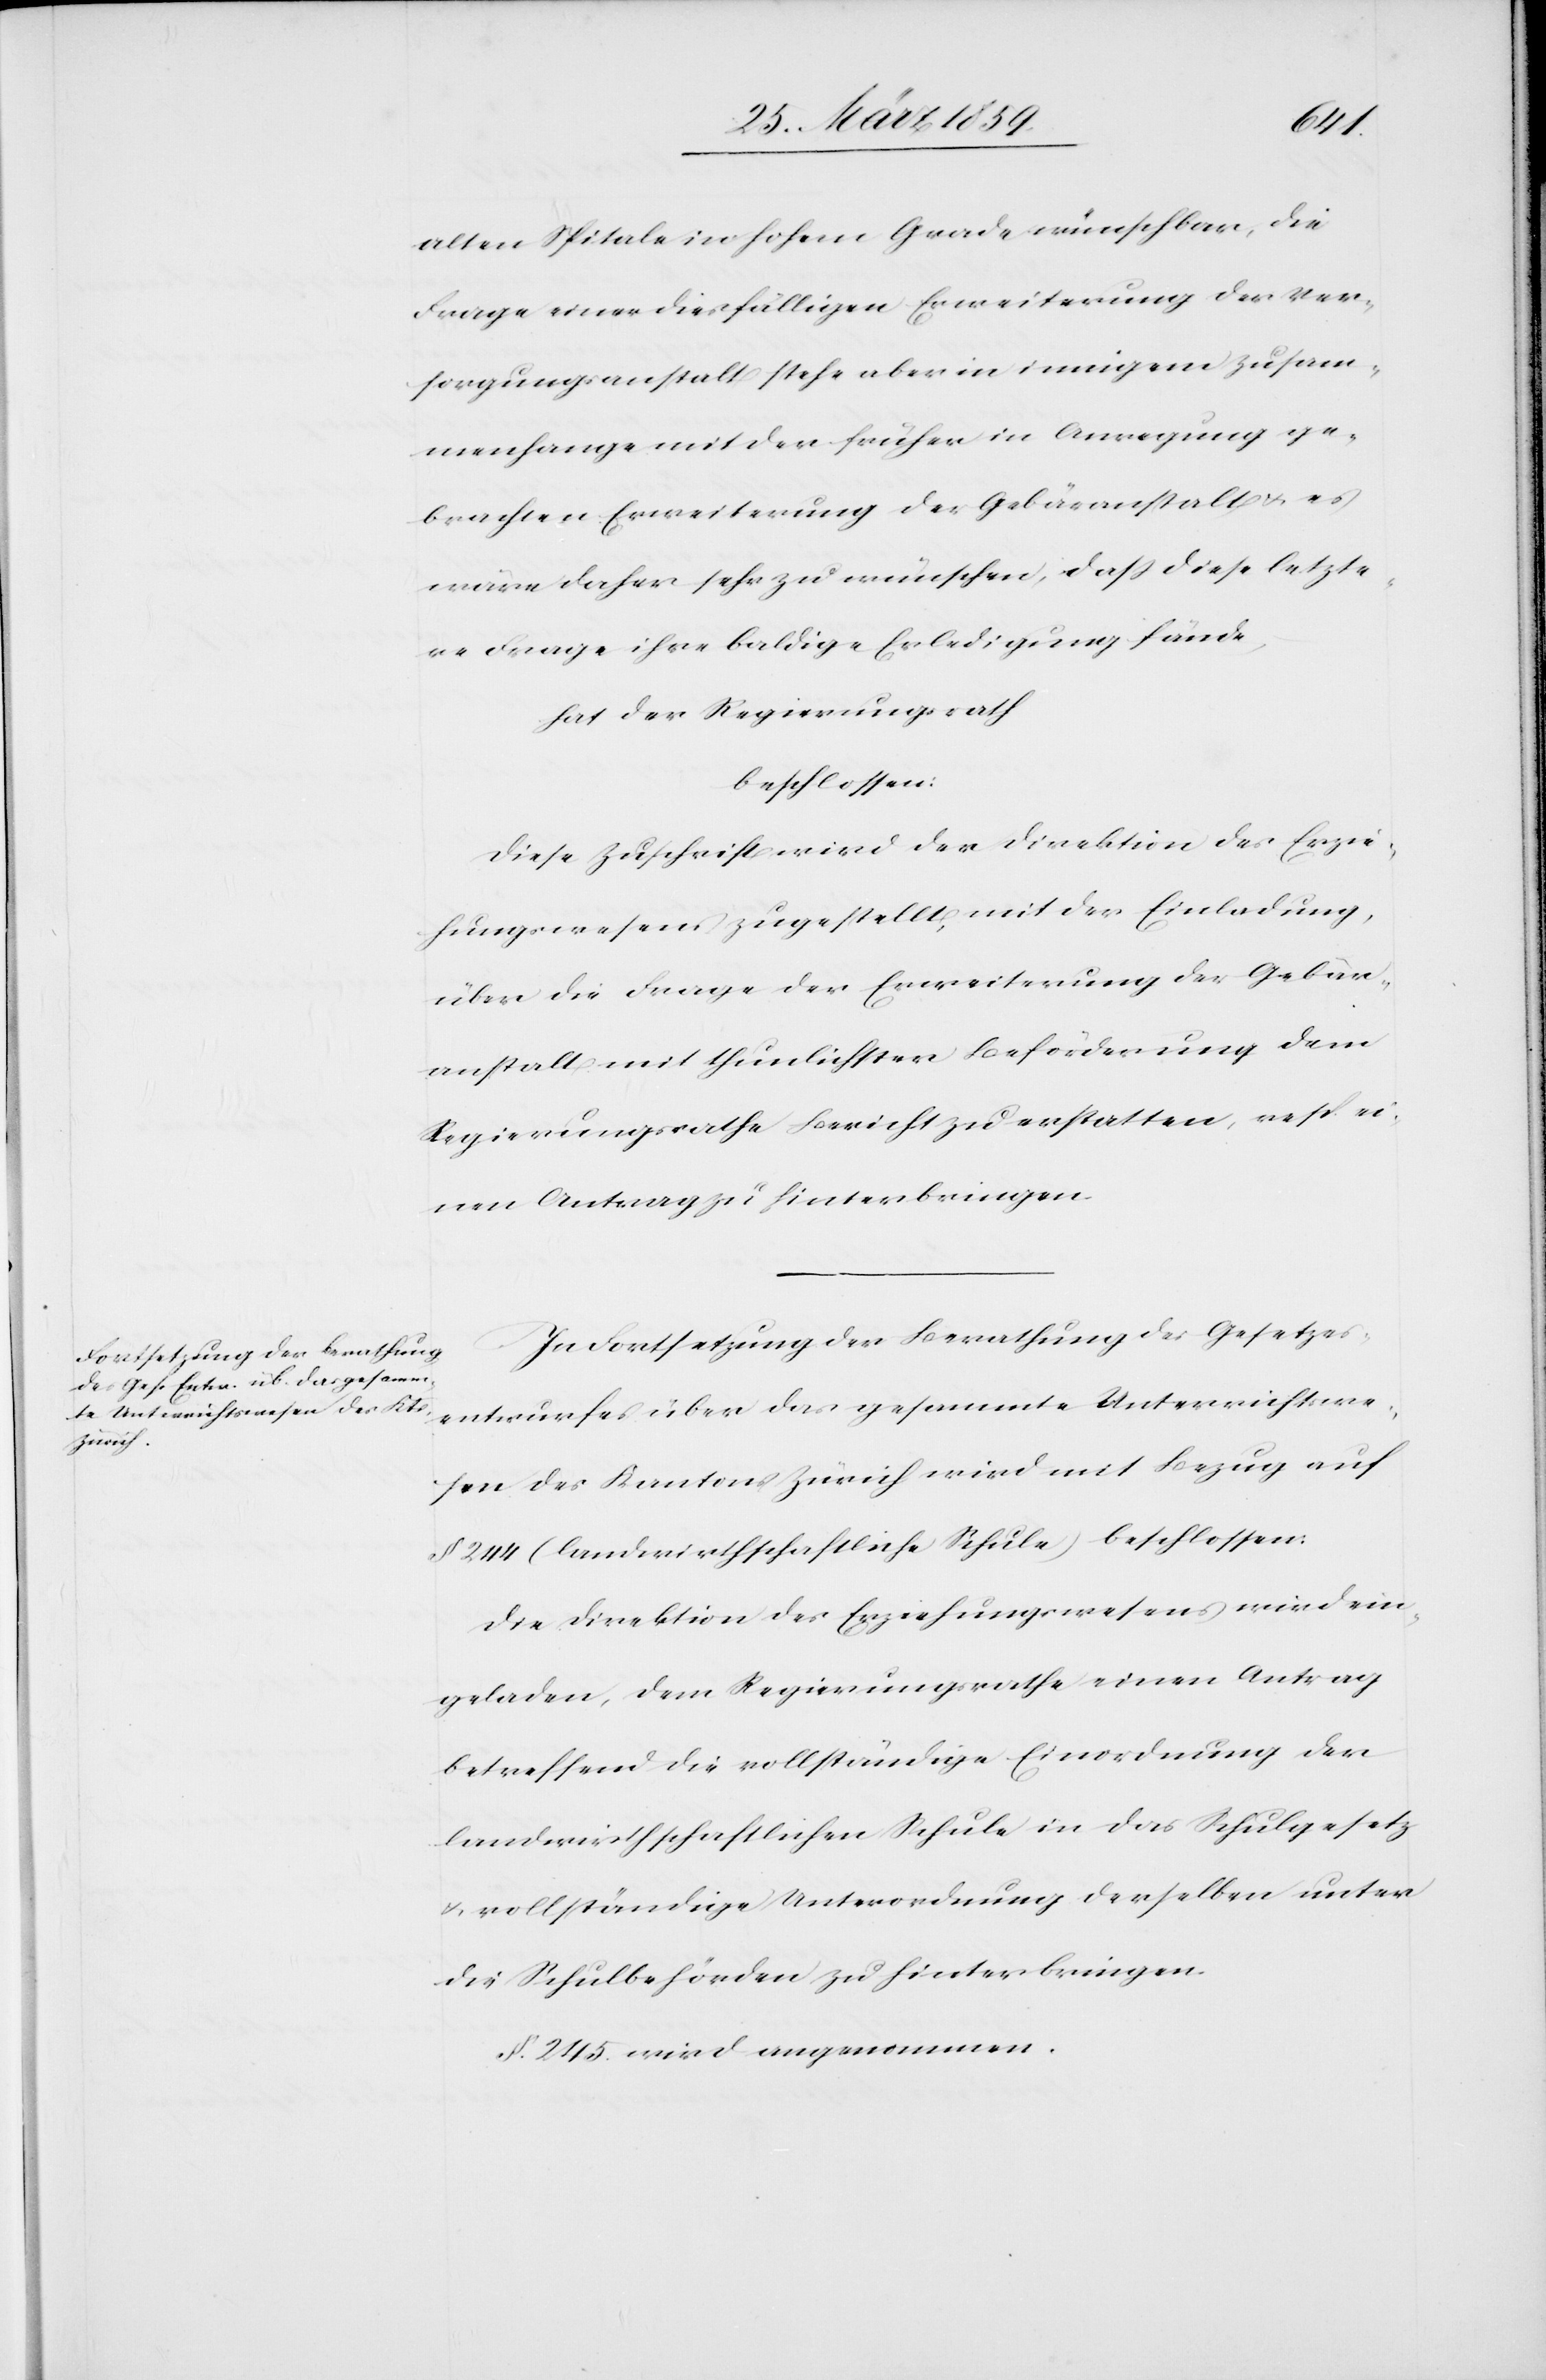
alten Spitale in hohem Grade wünschbar, die
Frage einer diesfälligen Erweiterung der Ver¬
sorgungsanstalt stehe aber in innigem Zusam¬
menhange mit der früher in Anregung ge¬
brachte Erweiterung der Gebäranstalt u. es
wäre daher sehr zu wünschen, daß diese letzte¬
re Frage ihre baldige Erledigung fände,
hat der Regierungsrath
beschlossen:
Diese Zuschrift wird der Direktion des Erzie¬
hungswesens zugestellt, mit der Einladung,
über die Frage der Erweiterung der Gebär¬
anstalt mit thunlichster Beförderung dem
Regierungsrathe Bericht zu erstatten, resp. ei¬
nen Antrag zu hinterbringen.
In Fortsetzung der Berathung des Gesetzes¬
entwurfes über das gesammte Unterrichtswe¬
sen des Kantons Zürich wird mit Bezug auf
§ 244 (landwirthschaftliche Schule) beschlossen:
Die Direktion des Erziehungswesens wird ein¬
geladen, dem Regierungsrathe einen Antrag
betreffend die vollständige Einordnung der
landwirthschaftlichen Schule in das Schulgesetz
u. vollständige Unterordnung derselben unter
die Schulbehörden zu hinterbringen.
§. 245. wird angenommen.